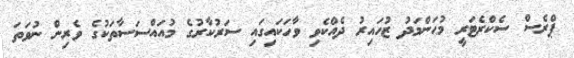
ޕްރެސް ސެކްރެޓަރީ މުޙަންމަދު ޒުހައިރު ދެއްކެވި ވާހަކައިގައި ސަރުކާރުގެ މުއައްސަސާތަކުގެ ވެރިން ނުވަތަ